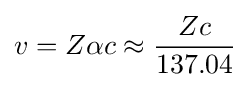
v=Z\alpha c\approx {\frac {Zc}{137.04}}